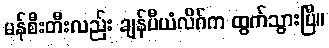
မန်စီးတီးလည်း ချန်ပီယံလိဂ်က ထွက်သွားပြီ။